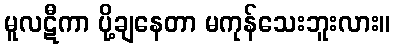
မူလဋီကာ ပို့ချနေတာ မကုန်သေးဘူးလား။